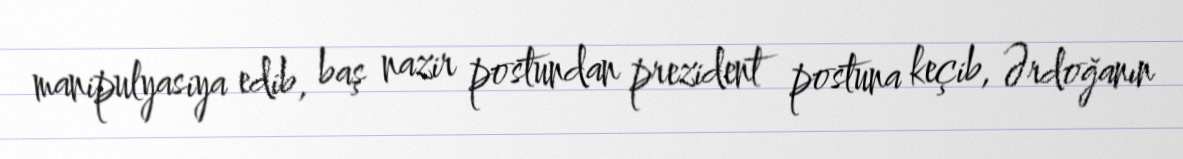
manipulyasiya edib, baş nazir postundan prezident postuna keçib, Ərdoğanın